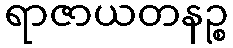
ရာဇာယတနဉ္စ